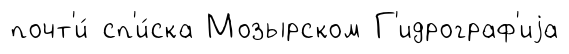
почт'и́ сп'и́ска Мозырском Г'идрограф'иjа